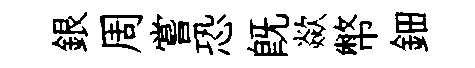
銀周嘗恐旣歘幣鈿